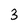
Character: 3